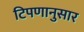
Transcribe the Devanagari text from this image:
टिपणानुसार